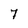
Character: 7